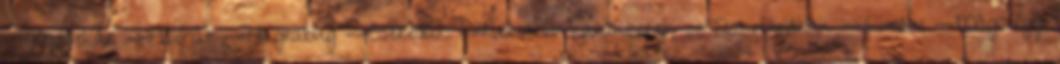
--Mardekár --Hollóhát --Hugrabug --Cserediák --Keresett karakterek --Testvéroldalak --London --Mágiaügyi